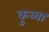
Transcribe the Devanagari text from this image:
कुब्वा